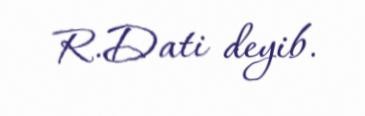
R.Dati deyib.